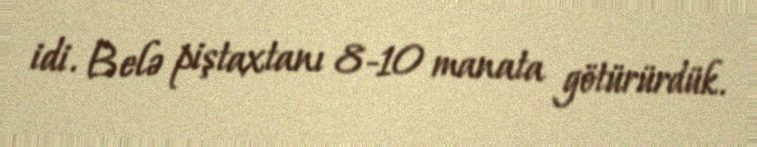
idi. Belə piştaxtanı 8-10 manata götürürdük.